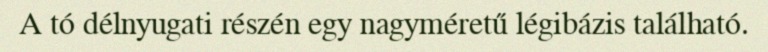
A tó délnyugati részén egy nagyméretű légibázis található.